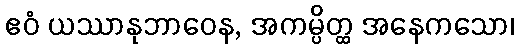
ဧဝံ ယဿာနုဘာဝေန, အကမ္ပိတ္ထ အနေကသော၊